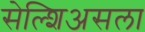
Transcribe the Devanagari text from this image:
सेल्शिअसला